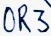
Text: OR3